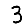
Digit: 3